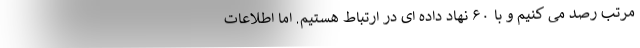
مرتب رصد می کنیم و با ۶۰ نهاد داده ای در ارتباط هستیم. اما اطلاعات